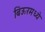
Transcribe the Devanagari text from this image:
बिऊरमध्ये